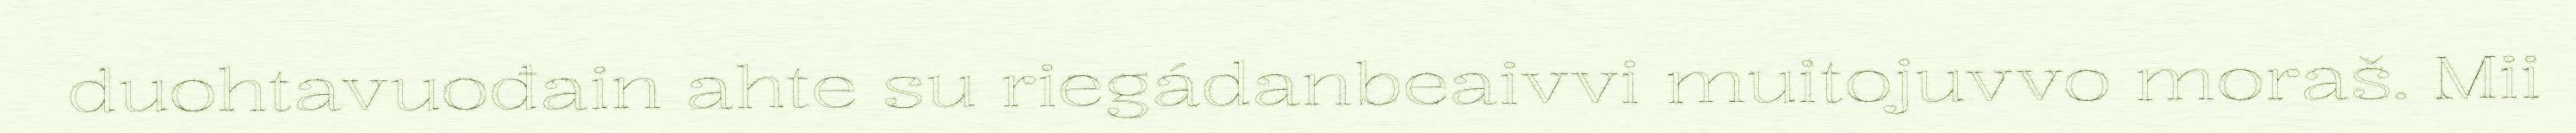
duohtavuođain ahte su riegádanbeaivvi muitojuvvo moraš. Mii